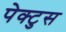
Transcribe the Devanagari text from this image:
पेक्टुस